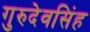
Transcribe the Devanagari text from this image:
गुरुदेवसिंह